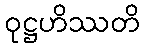
ဝုဋ္ဌဟိဿတိ